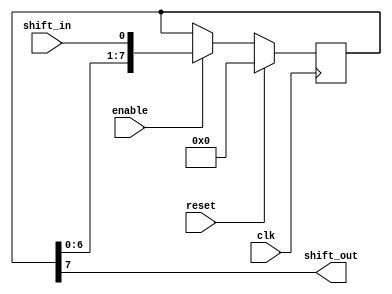
module SISO_Shift_Register (
    input clk,
    input shift_in,
    input enable,
    input reset,
    output reg shift_out
);

reg [7:0] data_register;

always @(posedge clk) begin
    if (reset) begin
        data_register <= 8'b0;
    end else if (enable) begin
        data_register <= {data_register[6:0], shift_in};
    end
end

assign shift_out = data_register[7];

endmodule